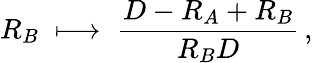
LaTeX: R_{B}\; \longmapsto\; {\frac{D-R_{A}+R_{B}}{R_{B}D}}\, ,